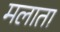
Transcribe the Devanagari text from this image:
मलाता